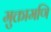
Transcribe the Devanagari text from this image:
मुक्तामणि